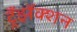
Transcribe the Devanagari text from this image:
ट्रँझॅक्शन